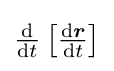
{\textstyle {\frac {\mathrm {d} }{\mathrm {d} t}}\left[{\frac {\mathrm {d} {\boldsymbol {r}}}{\mathrm {d} t}}\right]}